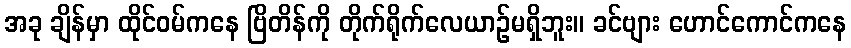
အခု ချိန်မှာ ထိုင်ဝမ်ကနေ ဗြိတိန်ကို တိုက်ရိုက်လေယာဉ်မရှိဘူး။ ခင်ဗျား ဟောင်ကောင်ကနေ